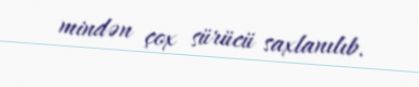
mindən çox sürücü saxlanılıb.